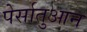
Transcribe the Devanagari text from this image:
पेर्सातुआन